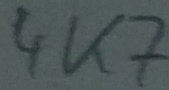
Text: 4K7